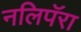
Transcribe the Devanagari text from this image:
नलिपॅरा